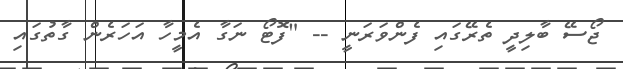
ޖޯސޭ ބާލިދީ ތެރޭގައި ފެންވަރަނީ -- "ފޮޓޯ ނަގާ އެމީހާ އަހަރެން ގާތުގައި